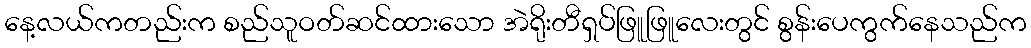
နေ့လယ်ကတည်းက စည်သူဝတ်ဆင်ထားသော အဲရိုးတီရှပ်ဖြူဖြူလေးတွင် စွန်းပေကွက်နေသည်က